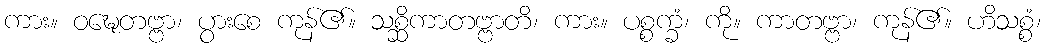
ကား။ ဝဍ္ဎေတဗ္ဗာ၊ ပွားစေ ကုန်၏။ သစ္ဆိကာတဗ္ဗာတိ၊ ကား။ ပစ္စက္ခံ၊ ကို။ ကာတဗ္ဗာ၊ ကုန်၏။ ဟိသစ္စံ၊